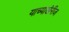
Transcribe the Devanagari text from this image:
याच्याखेरीज